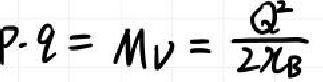
$P\cdot q = Mv=\frac{Q^{2}}{2\chi_{B}}$